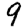
Digit: 9